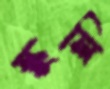
স্কুলি